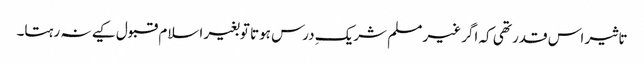
تاثیر اس قدر تھی کہ اگر غیر مسلم شریکِ درس ہوتا توبغیر اسلام قبول کیے نہ رہتا۔